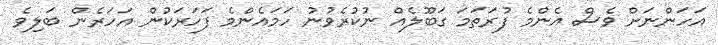
އަހަންނަށް ވެސް އެންމެ ފުރަތަމަ ގަބޫލެއް ނުކުރެވުނު ހަމައެންމެ ފަހަރަކުން އަހަރެން ބަލިވެ